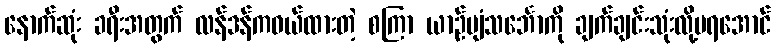
နောက်ဆုံး ခရီးအတွက် လန်ဒန်ကဝယ်ထားတဲ့ စကြာ ယာဉ်ပျံသင်္ဘောကို ချက်ချင်းသုံးလို့မရအောင်